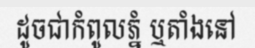
ដូចជាកំពូលភ្នំ ឬតាំងនៅ